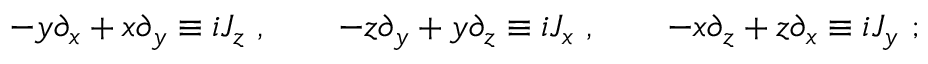
- y \partial _ { x } + x \partial _ { y } \equiv i J _ { z } ~ , \qquad - z \partial _ { y } + y \partial _ { z } \equiv i J _ { x } ~ , \qquad - x \partial _ { z } + z \partial _ { x } \equiv i J _ { y } ~ ;